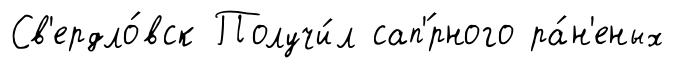
Св'ердло́вск Получи́л сап'́рного ра́н'еных